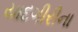
યાદગીરીના